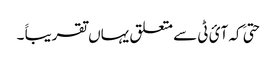
حتیَ کہ آئ ٹی سے متعلق یہاں تقریباََ ۔